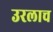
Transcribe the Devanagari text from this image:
उरलाच